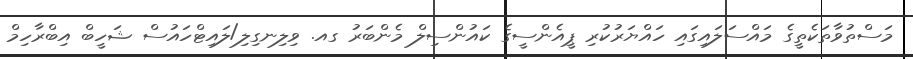
މަސްތުވާތަކެތީގެ މައްސަލައިގައި ހައްޔަރުކުރި ޕީއެންސީގެ ކައުންސިލް މެންބަރު ގއ. ވިލިނގިލި/ލައިޓްހައުސް ޝަހީބް އިބްރާހިމް